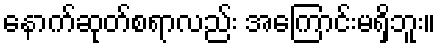
နောက်ဆုတ်စရာလည်း အကြောင်းမရှိဘူး။